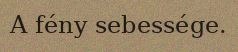
A fény sebessége.